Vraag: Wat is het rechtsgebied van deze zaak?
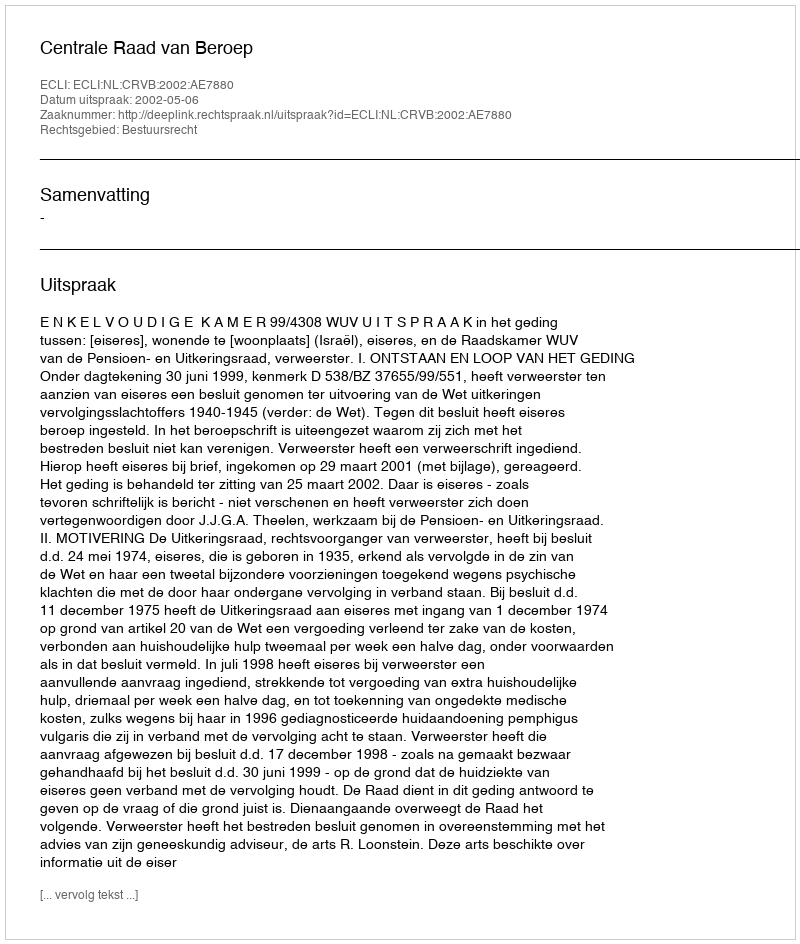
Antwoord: Bestuursrecht